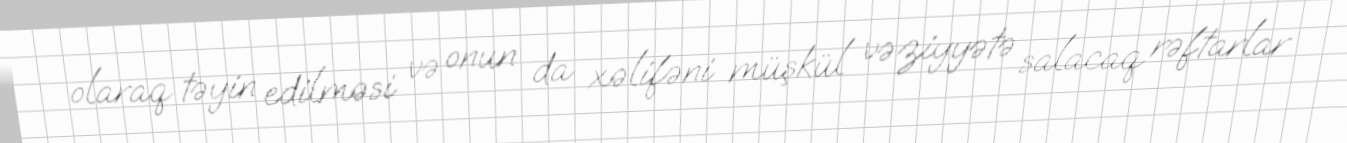
olaraq təyin edilməsi və onun da xəlifəni müşkül vəziyyətə salacaq rəftarlar